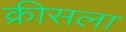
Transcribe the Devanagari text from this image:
क्रीसला